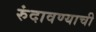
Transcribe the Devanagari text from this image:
रुंदावण्याची